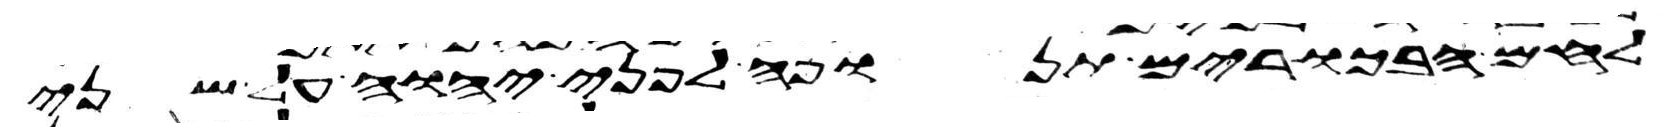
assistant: לחם הבכורים תנופה לפני יהוה על שני